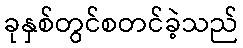
ခုနှစ်တွင်စတင်ခဲ့သည်